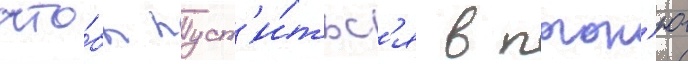
что́бы пуст'и́тьс'я в погон'ю